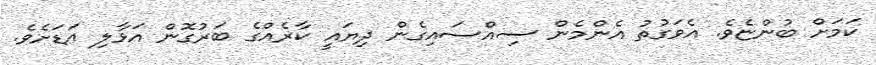
ކަމަށް ބުންޏެވެ. އެވަގުތު އެންމެން ސިއްސައިގެން ދިޔައީ ކާރެއްގެ ބަރުގޮން އަޅާލި އަޑަށެވެ.